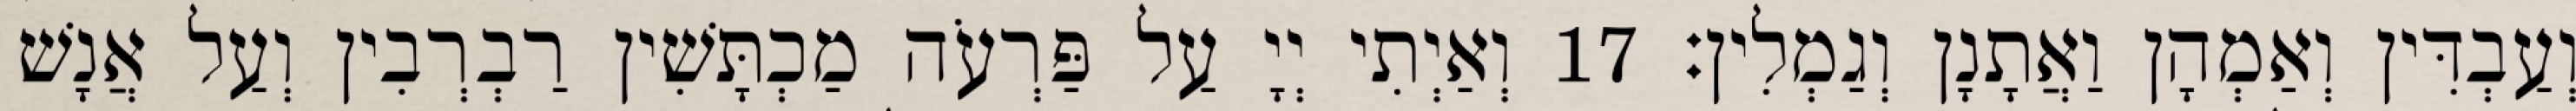
וְעַבְדִּין וְאַמְהָן וַאֲתָנָן וְגַמְלִין׃ 17 וְאַיְתִי יְיָ עַל פַּרְעֹה מַכְתָּשִׁין רַבְרְבִין וְעַל אֲנָשׁ